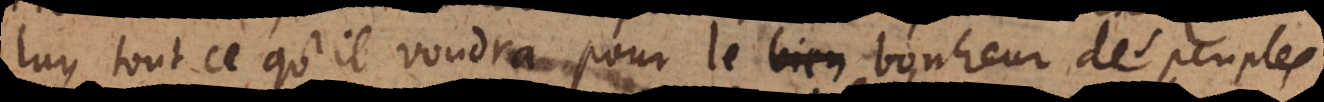
luy tout ce qu’il voudra pour le bien bonheur de ses